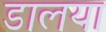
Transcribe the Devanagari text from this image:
डालया